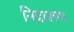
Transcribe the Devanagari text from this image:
निदारुण